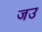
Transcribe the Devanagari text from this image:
जउ